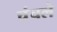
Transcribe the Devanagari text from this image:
चंचले